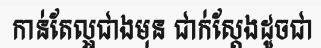
កាន់តែល្អជាងមុន ជាក់ស្តែងដូចជា